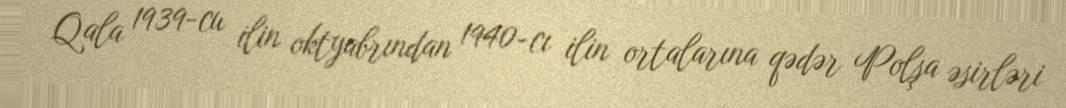
Qala 1939-cu ilin oktyabrından 1940-cı ilin ortalarına qədər Polşa əsirləri